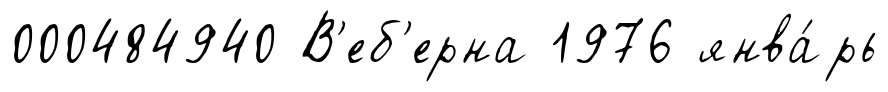
000484940 В'еб'ерна 1976 янва́рь